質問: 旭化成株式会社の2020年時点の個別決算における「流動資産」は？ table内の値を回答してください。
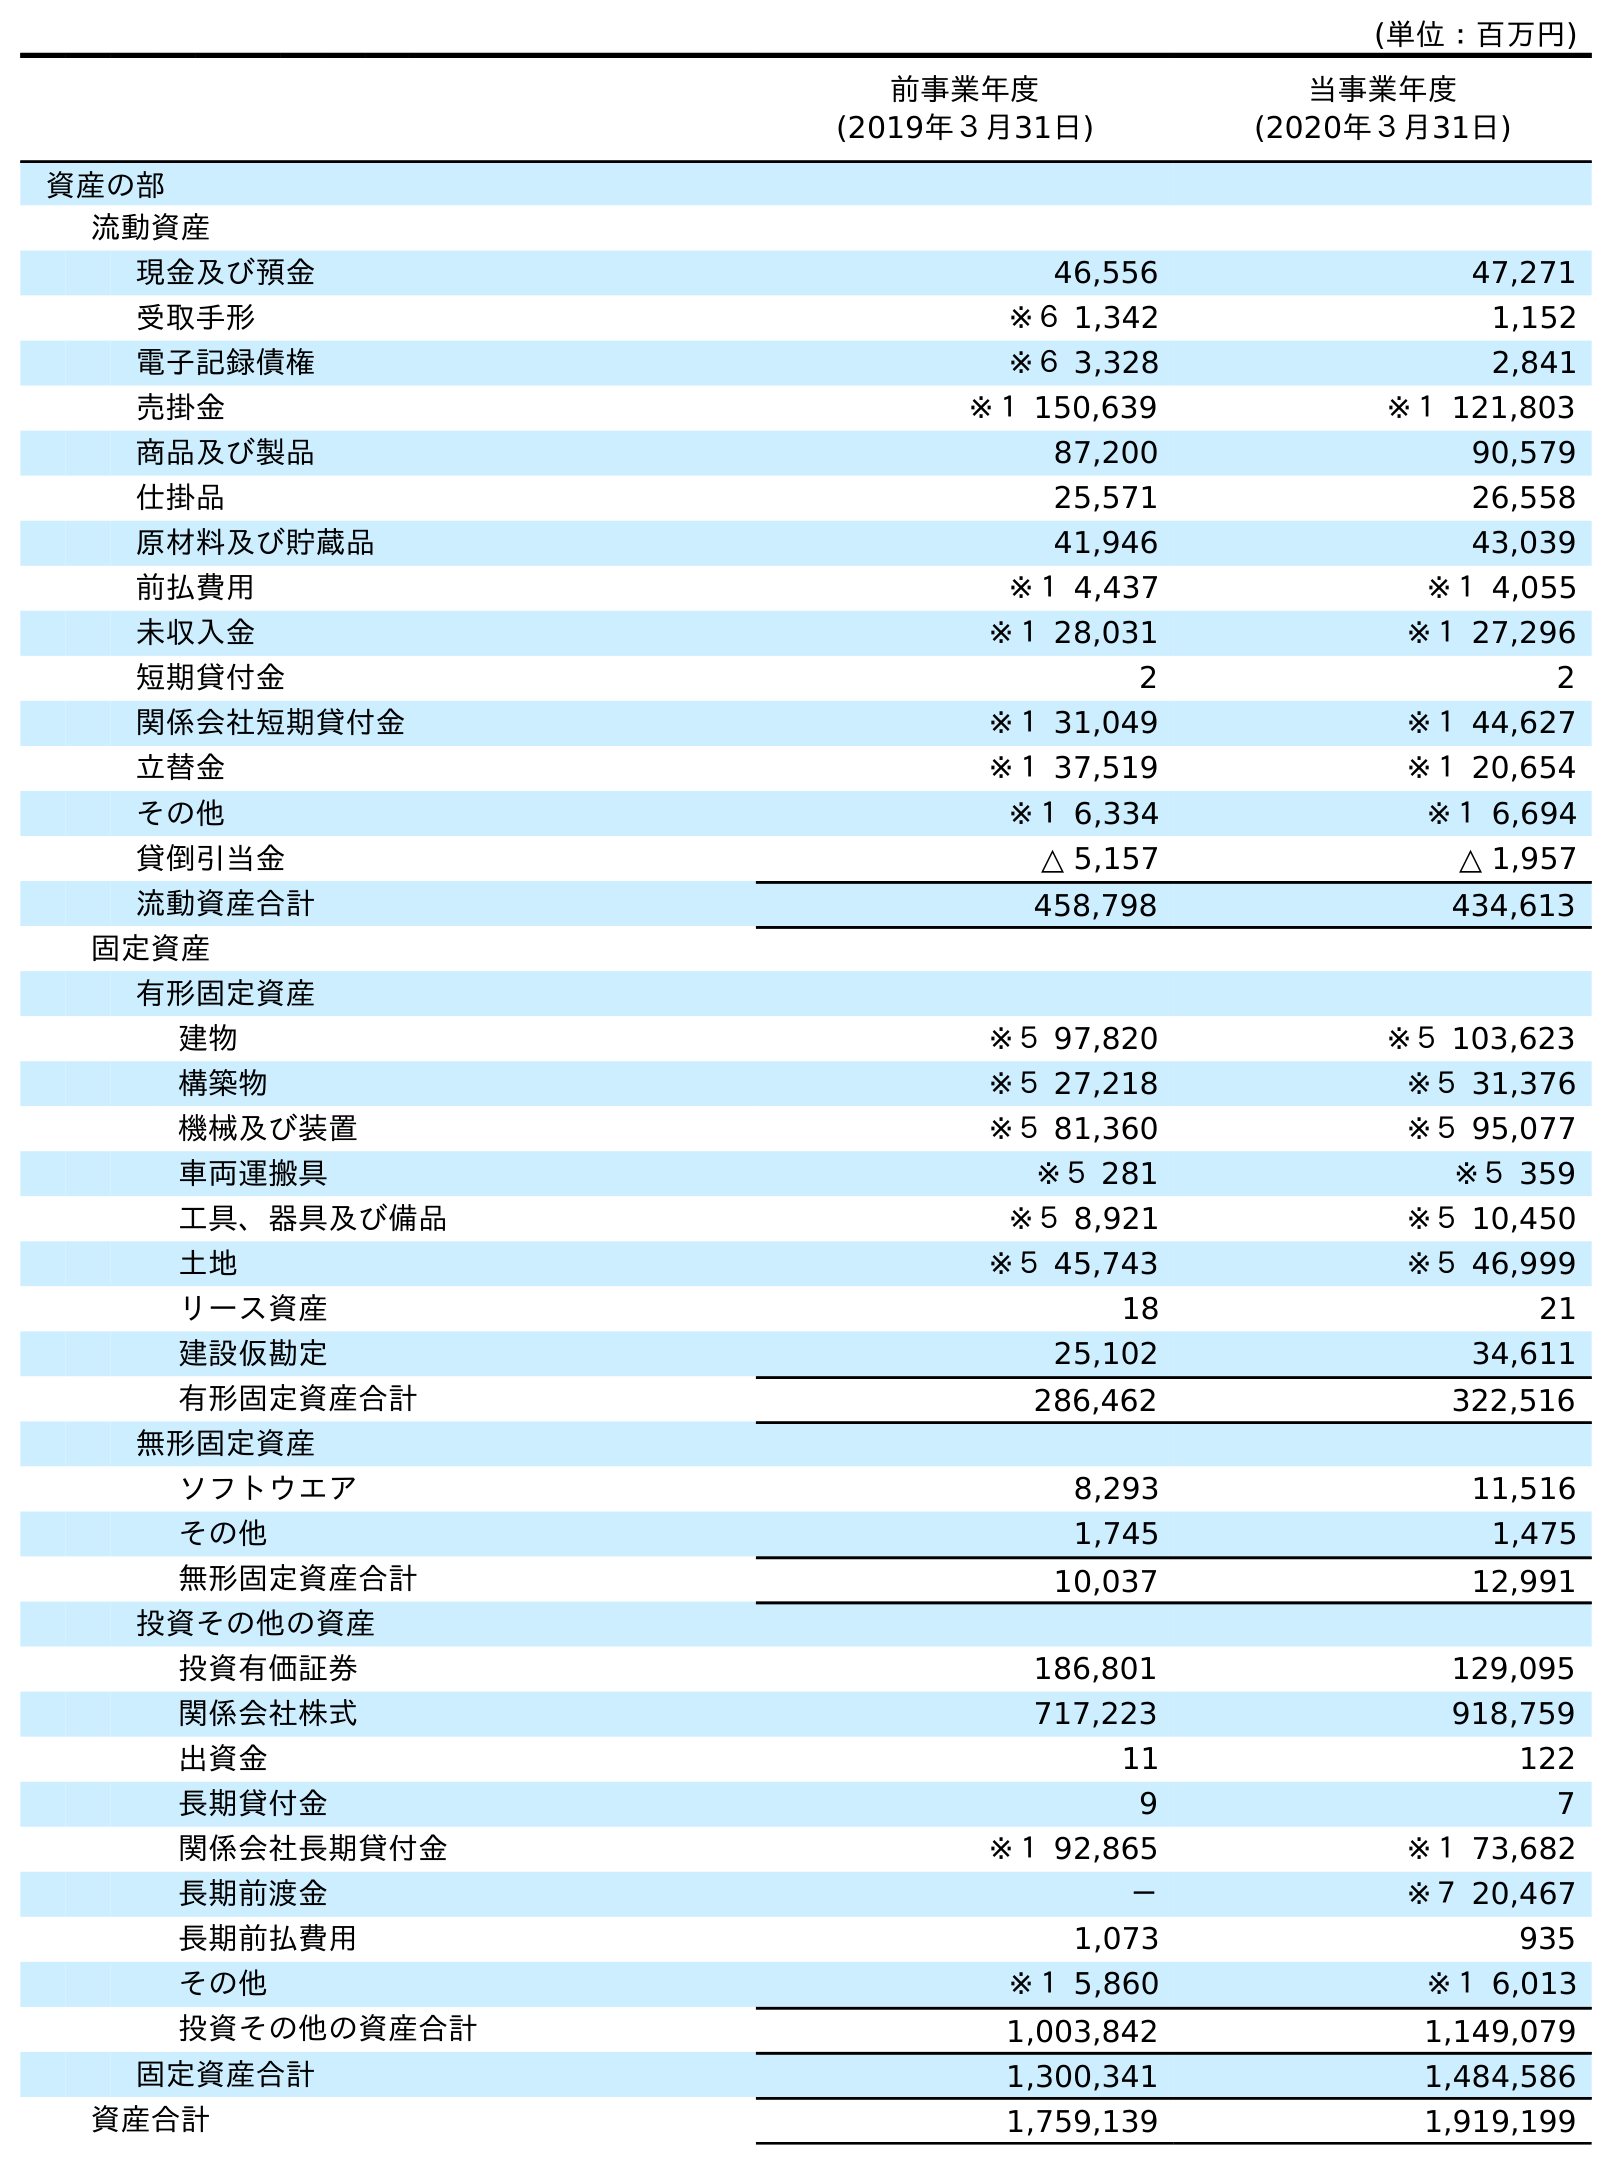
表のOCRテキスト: (単位：百万円) 前事業年度 (2019年３月31日) 当事業年度 (2020年３月31日) 資産の部 流動資産 現金及び預金 46,556 47,271 受取手形 ※６ 1,342 1,152 電子記録債権 ※６ 3,328 2,841 売掛金 ※１ 150,639 ※１ 121,803 商品及び製品 87,200 90,579 仕掛品 25,571 26,558 原材料及び貯蔵品 41,946 43,039 前払費用 ※１ 4,437 ※１ 4,055 未収入金 ※１ 28,031 ※１ 27,296 短期貸付金 2 2 関係会社短期貸付金 ※１ 31,049 ※１ 44,627 立替金 ※１ 37,519 ※１ 20,654 その他 ※１ 6,334 ※１ 6,694 貸倒引当金 △ 5,157 △ 1,957 流動資産合計 458,798 434,613 固定資産 有形固定資産 建物 ※５ 97,820 ※５ 103,623 構築物 ※５ 27,218 ※５ 31,376 機械及び装置 ※５ 81,360 ※５ 95,077 車両運搬具 ※５ 281 ※５ 359 工具、器具及び備品 ※５ 8,921 ※５ 10,450 土地 ※５ 45,743 ※５ 46,999 リース資産 18 21 建設仮勘定 25,102 34,611 有形固定資産合計 286,462 322,516 無形固定資産 ソフトウエア 8,293 11,516 その他 1,745 1,475 無形固定資産合計 10,037 12,991 投資その他の資産 投資有価証券 186,801 129,095 関係会社株式 717,223 918,759 出資金 11 122 長期貸付金 9 7 関係会社長期貸付金 ※１ 92,865 ※１ 73,682 長期前渡金 － ※７ 20,467 長期前払費用 1,073 935 その他 ※１ 5,860 ※１ 6,013 投資その他の資産合計 1,003,842 1,149,079 固定資産合計 1,300,341 1,484,586 資産合計 1,759,139 1,919,199
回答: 434,613